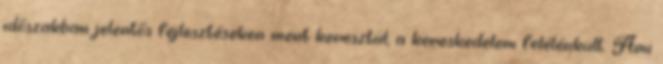
időszakban jelentős fejlesztéseken ment keresztül, a kereskedelem felélénkült. Ami